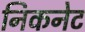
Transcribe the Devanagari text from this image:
निकनेट